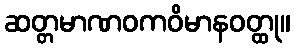
ဆတ္တမာဏဝကဝိမာနဝတ္ထု။